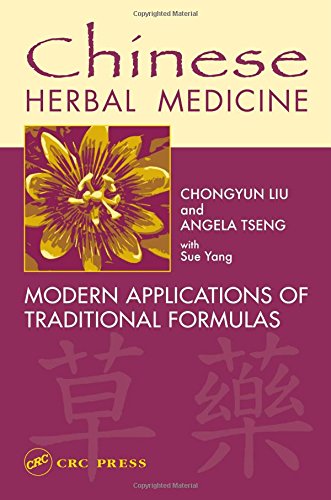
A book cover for Chinese Herbal Medicine: Modern Applications of Traditional Formulas; Chongyun Liu; Medical Books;